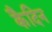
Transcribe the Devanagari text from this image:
कैदिन